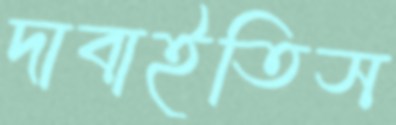
দাবাইতিস